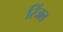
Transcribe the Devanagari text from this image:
रिंजल